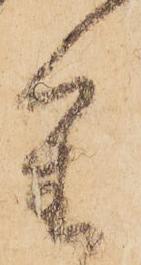
重